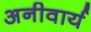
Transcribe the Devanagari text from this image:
अनीवार्य